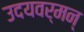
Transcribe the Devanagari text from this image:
उदयवर्मन्